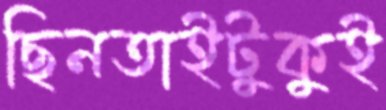
ছিনতাইটুকুই